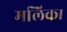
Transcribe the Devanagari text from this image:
मलिक।